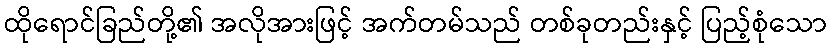
ထိုရောင်ခြည်တို့၏ အလိုအားဖြင့် အက်တမ်သည် တစ်ခုတည်းနှင့် ပြည့်စုံသော